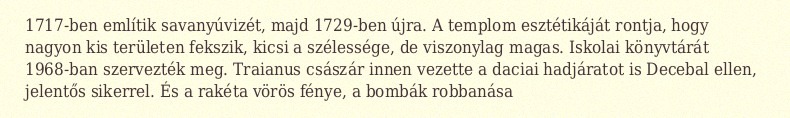
1717-ben említik savanyúvizét, majd 1729-ben újra. A templom esztétikáját rontja, hogy nagyon kis területen fekszik, kicsi a szélessége, de viszonylag magas. Iskolai könyvtárát 1968-ban szervezték meg. Traianus császár innen vezette a daciai hadjáratot is Decebal ellen, jelentős sikerrel. És a rakéta vörös fénye, a bombák robbanása